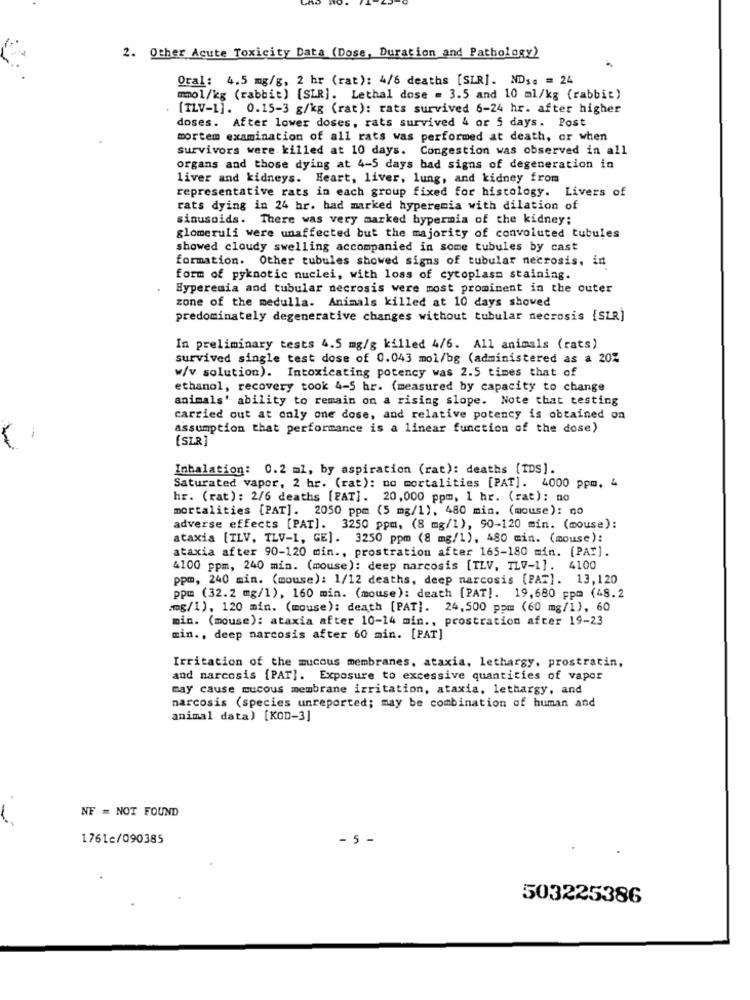
2. Other Acute Toxicity Data (Dose, Duration and Pathology)
Oral: 4.5 mg/g, 2 hr (rat): 4/6 deaths [SLR]. ND ;. = 24
mmol/kg (rabbit) [SLR]. Lethal dose = 3.5 and 10 ml/kg (rabbit)
[TLV-1]. 0.15-3 g/kg (rat): rats survived 6-24 hr. after higher
doses. After lower doses, rats survived 4 or 5 days. Post
mortem examination of all rats was performed at death, or when
survivors were killed at 10 days. Congestion was observed in all
organs and those dying at 4-5 days bad signs of degeneration in
liver and kidneys. Heart, liver, lung, and kidney from
representative rats in each group fixed for histology. Livers of
rats dying in 24 hr. bad marked hyperemia with dilation of
sinusoids. There was very marked bypermia of the kidney;
glomeruli were unaffected but the majority of convoluted tubules
showed cloudy swelling accompanied in some tubules by cast
formation. Other tubules showed signs of tubular necrosis, in
form of pykaotic nuclei, with loss of cytoplasm staining.
Hyperemia and tubular necrosis were most prominent in the outer
zone of the medulla. Animals killed at 10 days showed
predominately degenerative changes without tubular necrosis [SLR]
In preliminary tests 4.5 mg/g killed 4/6. All animals (rats)
survived single test dose of 0.043 mol/bg (administered as a 20%
w/v solution). Intoxicating potency was 2.5 times that of
ethanol, recovery took 4-5 hr. (measured by capacity to change
animals' ability to remain on a rising slope. Note that testing
carried out at only one dose, and relative potency is obtained on
assumption that performance is a linear function of the dose)
-
[SLR]
Inhalation: 0.2 ml, by aspiration (rat): deaths {IDS].
Saturated vapor, 2 hr. (rat): no mortalities [PAT]. 4000 ppm, 4
hr. (rat): 2/6 deaths [PAT]. 20,000 ppm, 1 hr. (rat): no
mortalities [PAT]. 2050 ppm (5 mg/1), 480 min. (mouse): no
adverse effects [PAT]. 3250 ppm, (8 mg/l), 90-120 min. (mouse):
ataxia [TLV, TLV-I, GE]. 3250 ppm (8 mg/1), 480 min. (mouse):
ataxia after 90-120 min ., prostration after 165-180 min. [PAT].
4100 ppm, 240 min. (mouse): deep narcosis [ILV, TLV-1].
4100
ppm, 240 min. (mouse): 1/12 deaths, deep narcosis [PAT]. 13,120
ppm (32.2 mg/1), 160 min. (mouse): death [PAT]. 19,680 ppm (48.2
.mg/1), 120 min. (mouse): death [PAT]. 24,500 ppm (60 mg/l), 60
min. (mouse): ataxia after 10-14 min ., prostration after 19-23
min ., deep narcosis after 60 min. [PAT]
Irritation of the mucous membranes, ataxia, lethargy, prostratin,
and narcosis [PAT]. Exposure to excessive quantities of vapor
may cause mucous membrane irritation, ataxia, lethargy, and
narcosis (species unreported; may be combination of human and
animal data) [KOD-3]
NE = NOT FOUND
1761c/090385
- 5 -
503225386